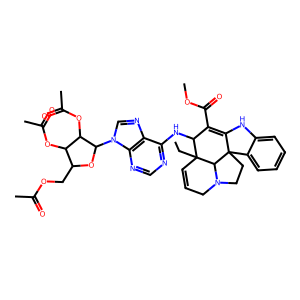
SMILES: CCC12C=CCN3CCC4(C(=C(C(=O)OC)C1Nc1ncnc5c1ncn5C1OC(COC(C)=O)C(OC(C)=O)C1OC(C)=O)Nc1ccccc14)C32
Inhibits HIV replication: No